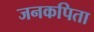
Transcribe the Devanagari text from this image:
जनकपिता